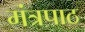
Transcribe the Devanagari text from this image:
मंत्रपाठ